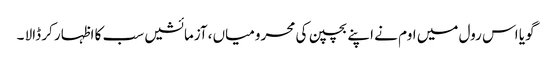
گویا اس رول میں اوم نے اپنے بچپن کی محرومیاں ،آزمائشیں سب کا اظہار کر ڈالا ۔